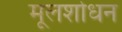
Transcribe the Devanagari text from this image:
मूलशोधन